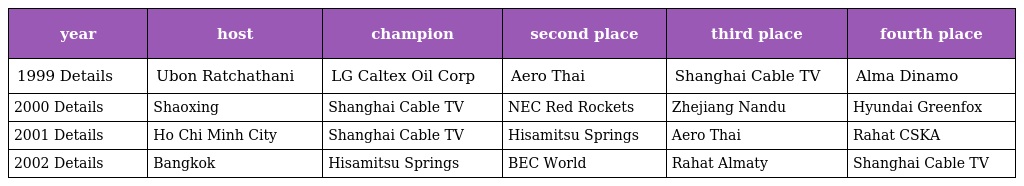
| year | host | champion | second place | third place | fourth place |
 | --- | --- | --- | --- | --- | --- |
 | 1999 Details | Ubon Ratchathani | LG Caltex Oil Corp | Aero Thai | Shanghai Cable TV | Alma Dinamo |
 | 2000 Details | Shaoxing | Shanghai Cable TV | NEC Red Rockets | Zhejiang Nandu | Hyundai Greenfox |
 | 2001 Details | Ho Chi Minh City | Shanghai Cable TV | Hisamitsu Springs | Aero Thai | Rahat CSKA |
 | 2002 Details | Bangkok | Hisamitsu Springs | BEC World | Rahat Almaty | Shanghai Cable TV |